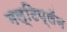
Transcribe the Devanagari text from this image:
मल्टिप्लॅन